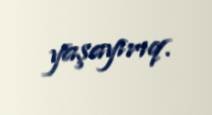
yaşayırıq.